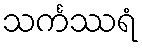
သင်္ကဿရံ